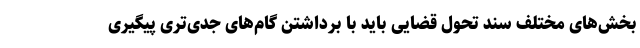
بخش‌های مختلف سند تحول قضایی باید با برداشتن گام‌های جدی‌تری پیگیری